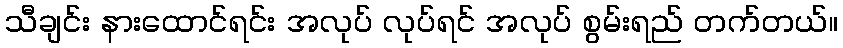
သီချင်း နားထောင်ရင်း အလုပ် လုပ်ရင် အလုပ် စွမ်းရည် တက်တယ်။